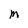
Character: M